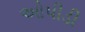
ઓપીડી